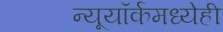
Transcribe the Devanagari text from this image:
न्यूयॉर्कमध्येही